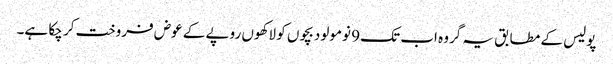
پولیس کے مطابق یہ گروہ اب تک 9 نومولود بچوں کو لاکھوں روپے کے عوض فروخت کر چکا ہے۔